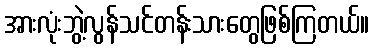
အားလုံးဘွဲ့လွန်သင်တန်းသားတွေဖြစ်ကြတယ်။